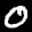
Label: 0